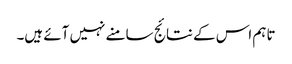
تاہم اس کے نتائج سامنے نہیں آئے ہیں۔